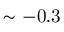
\mathrm { \sim - 0 . 3 }